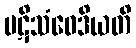
ပဋိသံဝေဒိယတိ